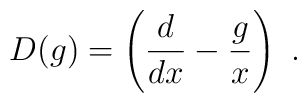
D(g)=\left(\frac{d}{dx}-\frac{g}{x}\right)~.